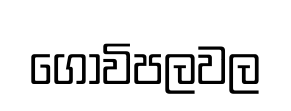
ගොවිපලවල